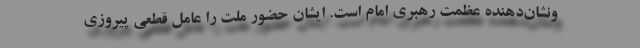
ونشان‌دهنده عظمت رهبری امام است. ایشان حضور ملت را عامل قطعی پیروزی